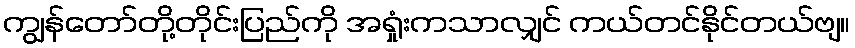
ကျွန်တော်တို့တိုင်းပြည်ကို အရှုံးကသာလျှင် ကယ်တင်နိုင်တယ်ဗျ။